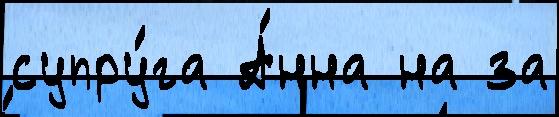
супру́га А́нна на за